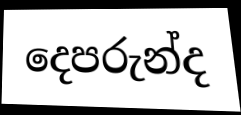
දෙපරුන්ද